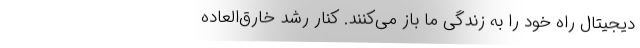
دیجیتال راه خود را به زندگی ما باز می‌کنند. کنار رشد خارق‌العاده